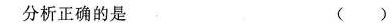
分析正确的是 ()